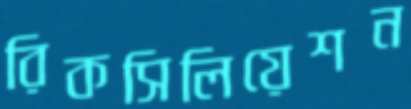
রিকসিলিয়েশন